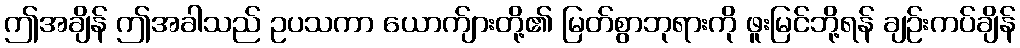
ဤအချိန် ဤအခါသည် ဥပသကာ ယောက်ျားတို့၏ မြတ်စွာဘုရားကို ဖူးမြင်ဘို့ရန် ချဉ်းကပ်ချိန်